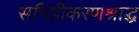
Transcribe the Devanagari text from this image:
सपिंडीकरणश्राद्ध